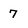
Character: 7